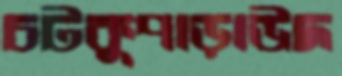
চটকুপাড়াউদ